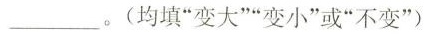
___。(均填”变大””变小”或”不变”)